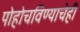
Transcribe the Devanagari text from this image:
पोहोचविण्याचेही